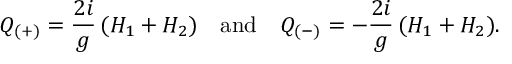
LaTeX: Q _ { ( + ) } = { \frac { 2 i } { g } } \, ( H _ { 1 } + H _ { 2 } ) \quad \mathrm { a n d } \quad Q _ { ( - ) } = - { \frac { 2 i } { g } } \, ( H _ { 1 } + H _ { 2 } ) .